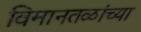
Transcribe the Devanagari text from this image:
विमानतळांच्या